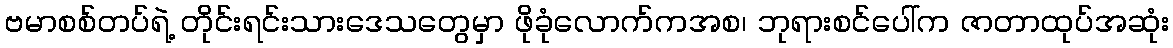
ဗမာစစ်တပ်ရဲ့ တိုင်းရင်းသားဒေသတွေမှာ ဖိုခုံလောက်ကအစ၊ ဘုရားစင်ပေါ်က ဇာတာထုပ်အဆုံး